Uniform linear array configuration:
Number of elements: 16
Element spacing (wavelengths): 1
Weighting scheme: cosine
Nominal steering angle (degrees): -45
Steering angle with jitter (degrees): -43.3
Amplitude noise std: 0.05
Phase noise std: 0.05

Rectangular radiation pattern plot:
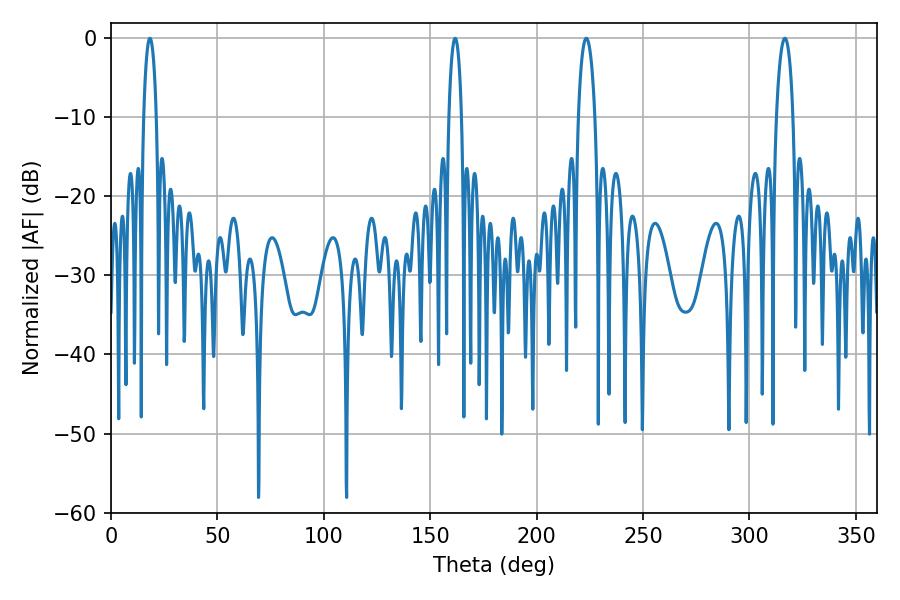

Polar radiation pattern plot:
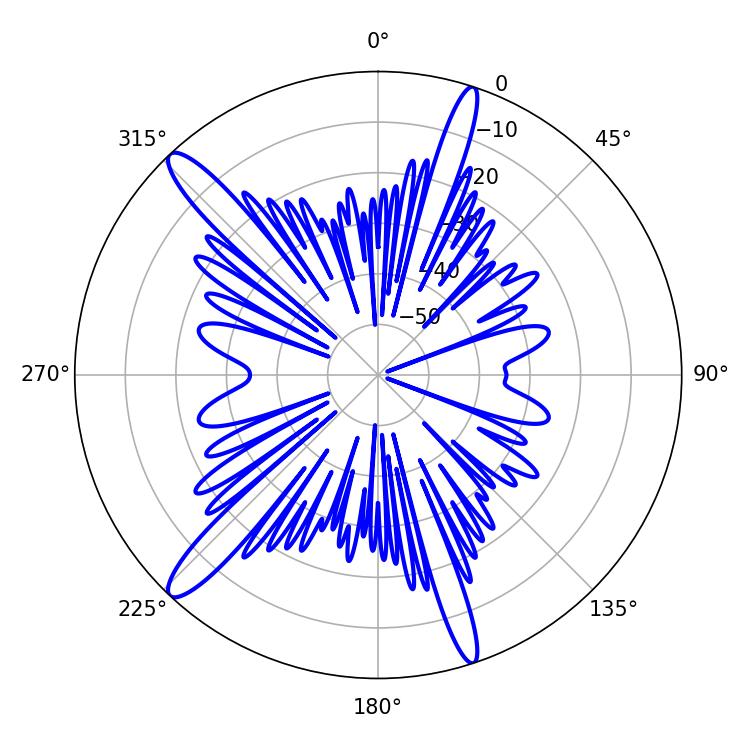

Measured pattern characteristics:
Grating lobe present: TRUE
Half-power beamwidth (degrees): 4.32
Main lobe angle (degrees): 316.62